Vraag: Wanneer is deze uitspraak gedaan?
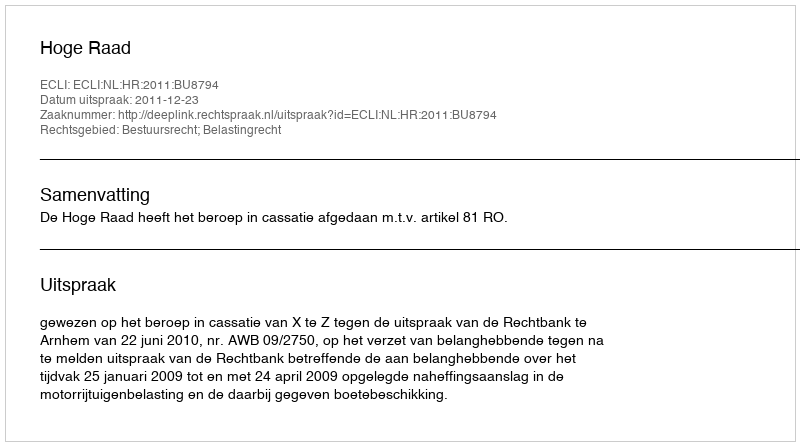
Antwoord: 2011-12-23